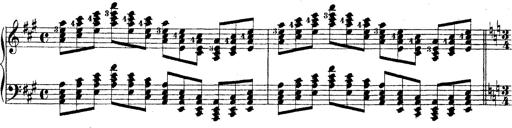
Title: Technische Studien
Composer: Franz Liszt